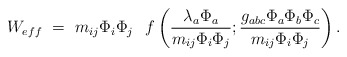
\begin{align*}W_{eff} ~=~ m_{ij} \Phi_i \Phi_j \hspace{.3cm}f\left( \frac{\lambda_{a} \Phi_a}{m_{ij} \Phi_i \Phi_j} ; \frac{g_{abc}\Phi_a \Phi_b\Phi_c} {m_{ij} \Phi_i \Phi_j} \right) .\end{align*}